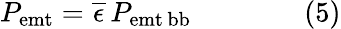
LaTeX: P_{\mathrm{{emt}}}={\overline{{\epsilon}}}\, P_{\mathrm{{emt\, bb}}}\qquad\qquad(5)